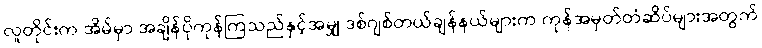
လူတိုင်းက အိမ်မှာ အချိန်ပိုကုန်ကြသည်နှင့်အမျှ ဒစ်ဂျစ်တယ်ချန်နယ်များက ကုန်အမှတ်တံဆိပ်များအတွက်